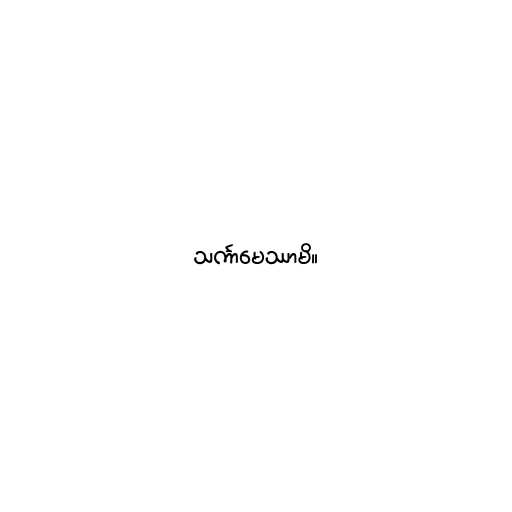
သင်္ကာမေဿာမိ။